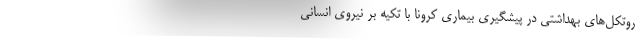
روتکل‌های بهداشتی در پیشگیری بیماری کرونا با تکیه بر نیروی انسانی